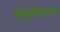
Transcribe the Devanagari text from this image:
संस्थेचाच